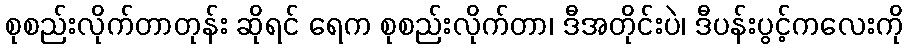
စုစည်းလိုက်တာတုန်း ဆိုရင် ရေက စုစည်းလိုက်တာ၊ ဒီအတိုင်းပဲ၊ ဒီပန်းပွင့်ကလေးကို